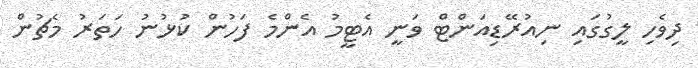
ދިވެހި ލީގުގައި ނިއުރޭޑިއަންޓް ވަނީ އެޓީމު އެންމެ ފަހުން ކުޅުނު ހަތަރު މެޗުން